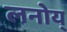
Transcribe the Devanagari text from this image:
लनोय्